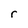
Character: r